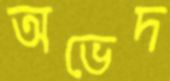
অভেদ